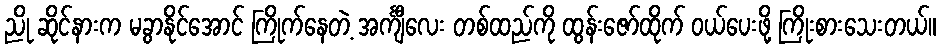
ညို ဆိုင်နားက မခွာနိုင်အောင် ကြိုက်နေတဲ့ အင်္ကျီလေး တစ်ထည်ကို ထွန်းဇော်ထိုက် ဝယ်ပေးဖို့ ကြိုးစားသေးတယ်။